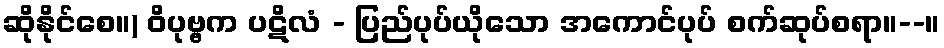
ဆိုနိုင်စေ။) ဝိပုဗ္ဗက ပဋိလံ - ပြည်ပုပ်ယိုသော အကောင်ပုပ် စက်ဆုပ်စရာ။--။